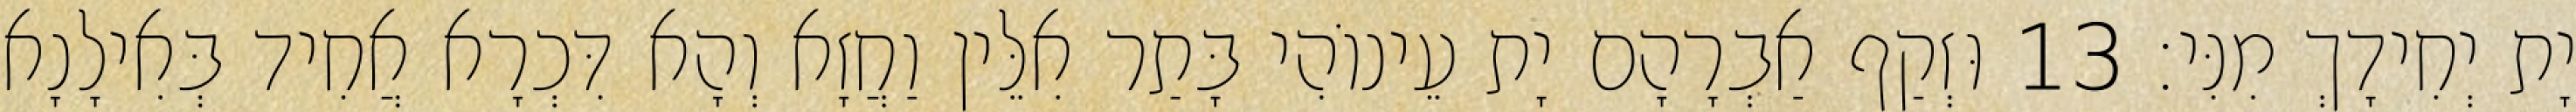
יָת יְחִידָךְ מִנִּי׃ 13 וּזְקַף אַבְרָהָם יָת עֵינוֹהִי בָּתַר אִלֵּין וַחֲזָא וְהָא דִּכְרָא אֲחִיד בְּאִילָנָא